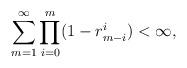
LaTeX: \begin{align*}\sum_{m=1}^\infty\prod_{i=0}^m(1-r_{m-i}^i)<\infty,\end{align*}